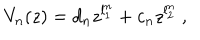
LaTeX: V _ { n } ( z ) = d _ { n } z ^ { l _ { 1 } ^ { n } } + c _ { n } z ^ { l _ { 2 } ^ { n } } ~ ,